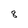
Character: 8